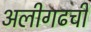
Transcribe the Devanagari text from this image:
अलीगढची